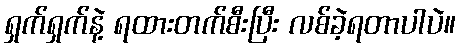
ရှက်ရှက်နဲ့ ရထားတက်စီးပြီး လစ်ခဲ့ရတာပါပဲ။